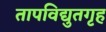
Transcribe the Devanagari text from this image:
तापविद्युतगृह